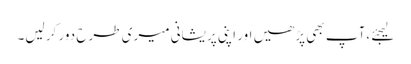
لیجئے ،آپ بھی پڑھیں اور اپنی پریشانی میری طرح دور کر لیں۔